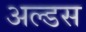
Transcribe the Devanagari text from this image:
अल्डस